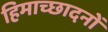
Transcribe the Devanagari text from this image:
हिमाच्छादनों